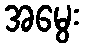
အမွေး